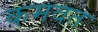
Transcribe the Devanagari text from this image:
कमवत